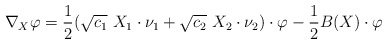
\begin{align*}\nabla_X \varphi = \frac{1}{2} (\sqrt{c_1}\ X_1 \cdot \nu_1 + \sqrt{c_2}\ X_2 \cdot \nu_2)\cdot\varphi - \frac{1}{2}B(X)\cdot \varphi\end{align*}